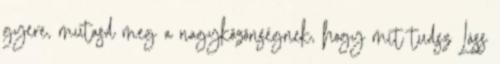
gyere, mutasd meg a nagyközönségnek, hogy mit tudsz Láss